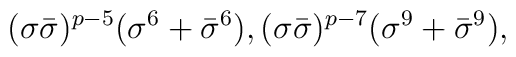
(\sigma \bar{\sigma})^{p-5} (\sigma^6 +\bar{\sigma}^6),(\sigma \bar{\sigma})^{p-7} (\sigma^9 +\bar{\sigma}^9),